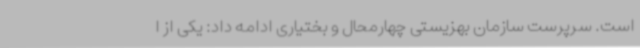
است. سرپرست سازمان بهزیستی چهارمحال و بختیاری ادامه داد: یکی از ا